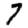
Digit: 7